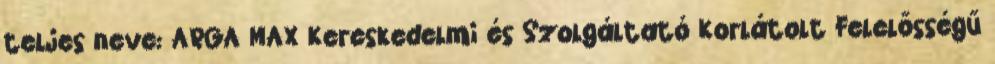
teljes neve: ARGA MAX Kereskedelmi és Szolgáltató Korlátolt Felelősségű